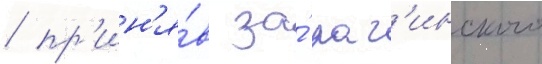
/ пр'ин'я́в за́ раг'инского